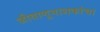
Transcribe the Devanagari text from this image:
जीवाणूनाशकांचा